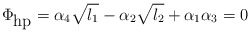
\begin{align*}\Phi_{\mbox{hp}}=\alpha_4\sqrt{l_1}-\alpha_2\sqrt{l_2}+\alpha_1\alpha_3=0\end{align*}